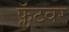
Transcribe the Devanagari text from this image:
फ्लॅटवर